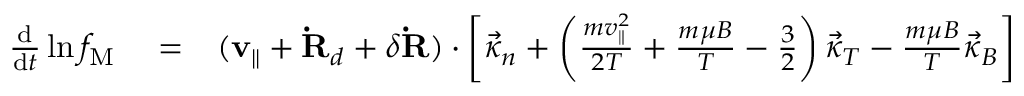
\begin{array} { r l r } { \frac { \mathrm { d } } { \mathrm { d } t } \ln f _ { \mathrm { { M } } } } & { { } = } & { ( { \bf v } _ { \| } + { \bf \dot { R } } _ { d } + \delta { \bf \dot { R } } ) \cdot \left[ { \vec { \kappa } } _ { n } + \left( \frac { m v _ { \| } ^ { 2 } } { 2 T } + \frac { m \mu B } { T } - \frac { 3 } { 2 } \right) \vec { \kappa } _ { T } - \frac { m \mu B } { T } \vec { \kappa } _ { B } \right] } \end{array}